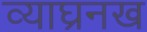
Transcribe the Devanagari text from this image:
व्याघ्रनख